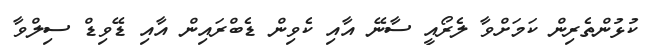
ކުޅުންތެރިން ކަމަށްވާ ލެރޯއީ ސާނޭ އާއި ކެވިން ޑެބްރައިން އާއި ޑޭވިޑް ސިލްވާ